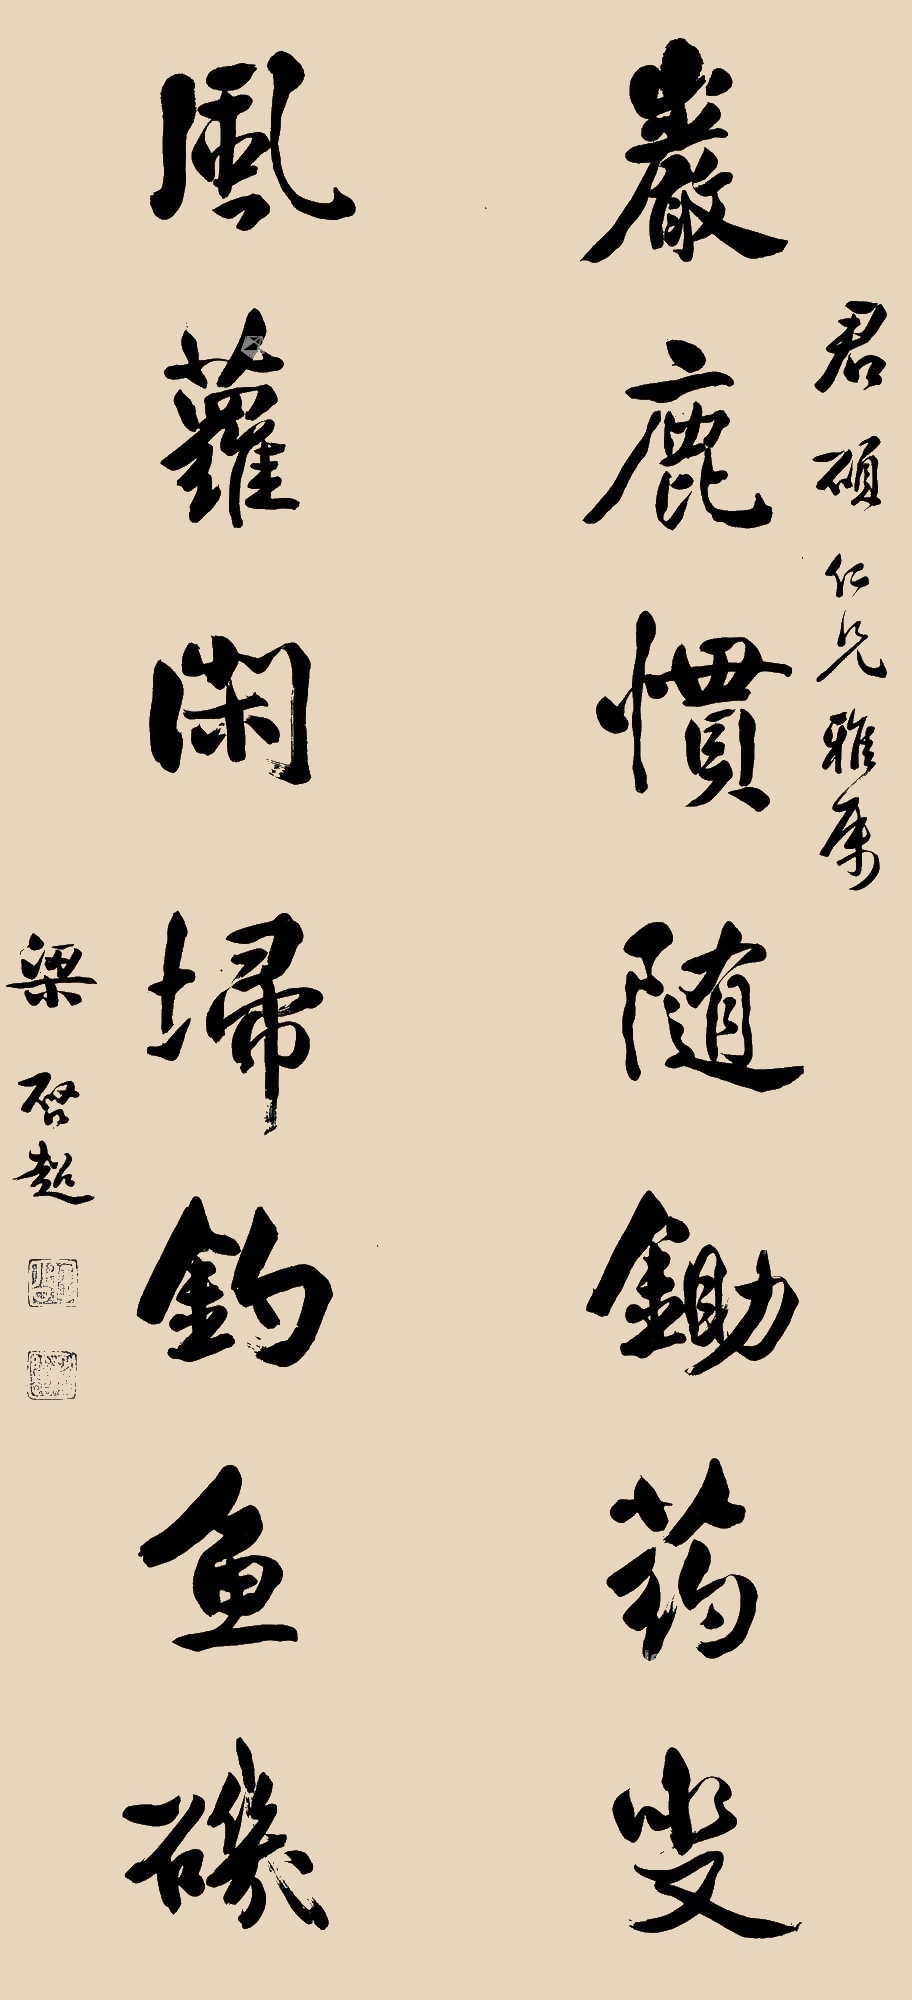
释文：岩鹿惯随锄药叟，风萝闲扫钓鱼矶。君硕仁兄雅属，梁启超。